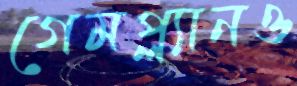
গেমপ্ল্যানও